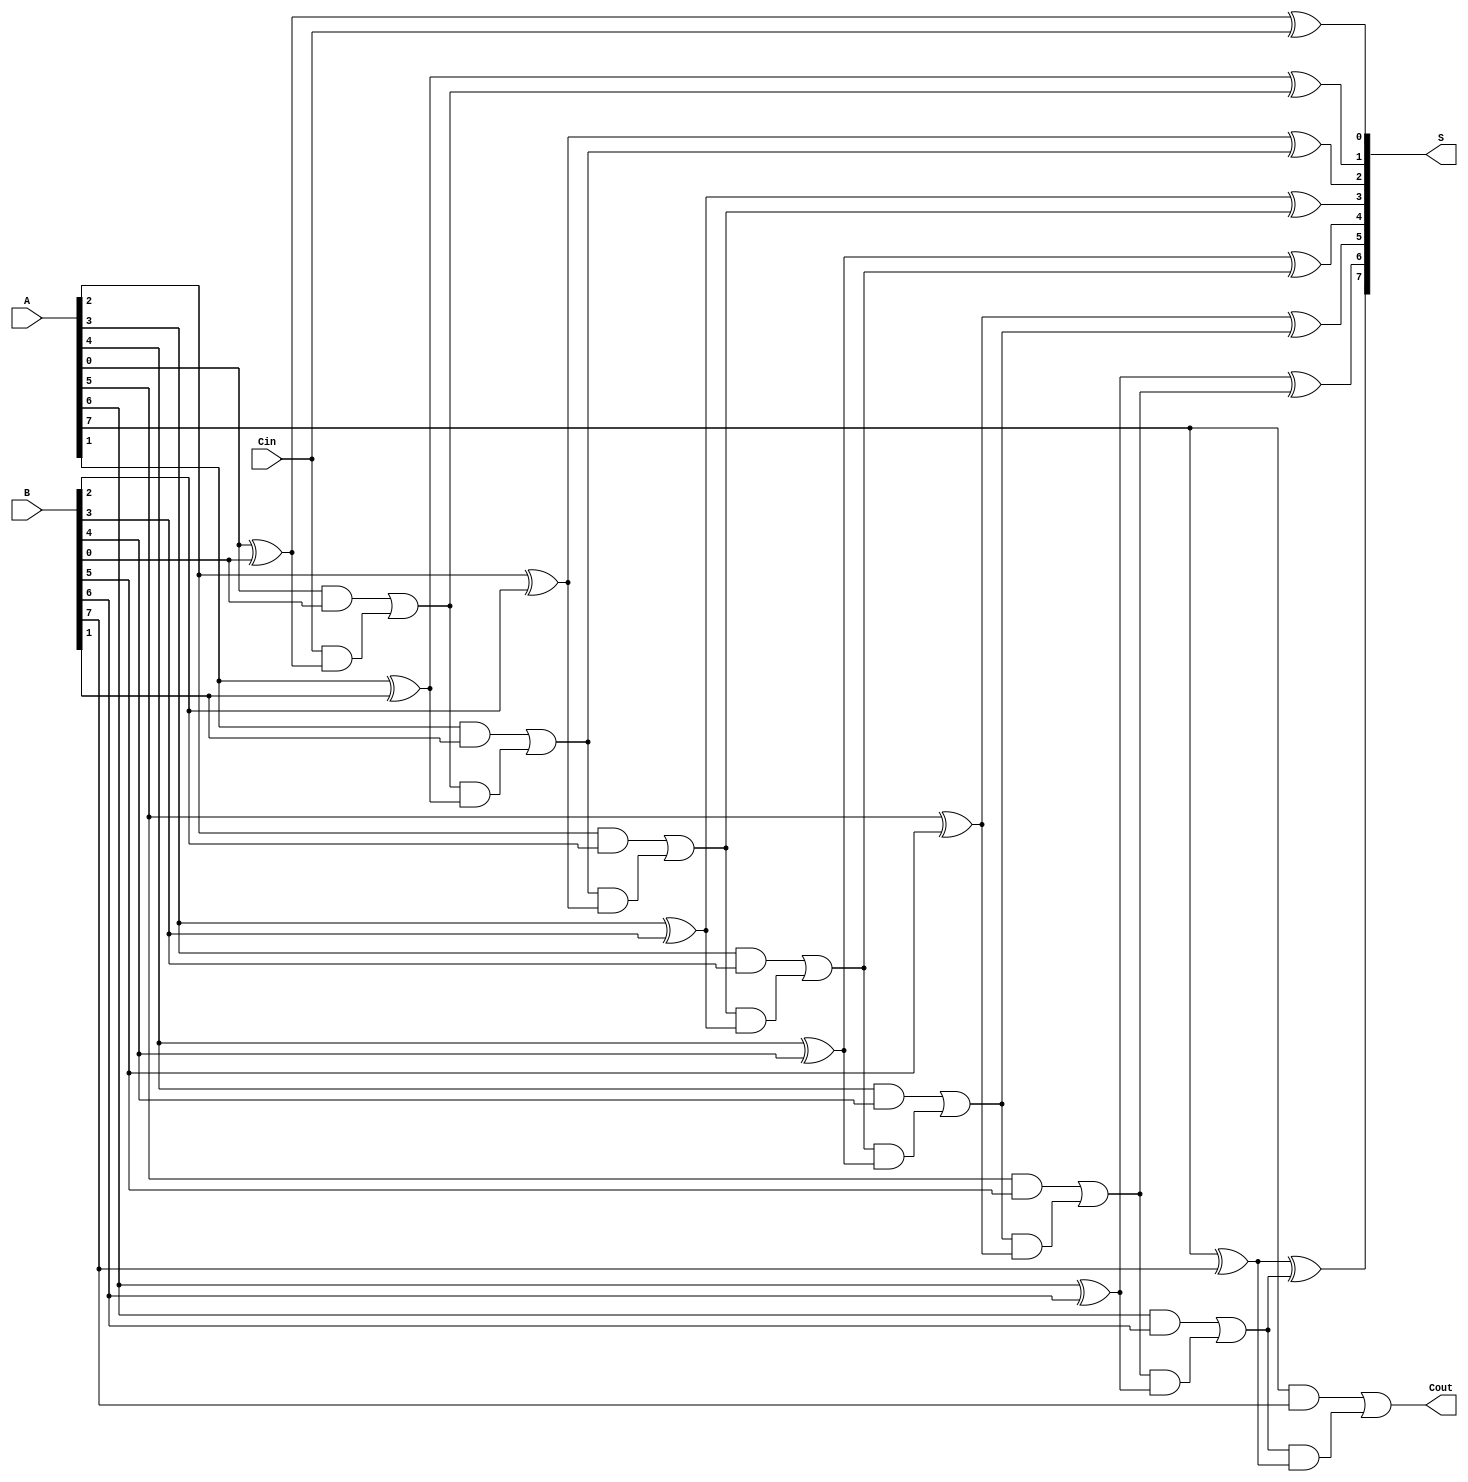
module ManchesterCarryChainAdder #(
    parameter N = 8 // Define the bit-width of the adder
)(
    input [N-1:0] A,       // First n-bit input
    input [N-1:0] B,       // Second n-bit input
    input Cin,             // Carry-in signal
    output [N-1:0] S,      // n-bit sum output
    output Cout            // Carry-out signal
);

    wire [N:0] C; // Carry outputs, C[0] is the initial carry-in
    assign C[0] = Cin; // Initial carry input

    // Generate sum and carry for each bit position
    genvar i;
    generate
        for (i = 0; i < N; i = i + 1) begin : adder_stage
            // Sum calculation
            assign S[i] = A[i] ^ B[i] ^ C[i];

            // Carry calculation
            assign C[i+1] = (A[i] & B[i]) | (C[i] & (A[i] ^ B[i]));
        end
    endgenerate

    // Final carry-out
    assign Cout = C[N];

endmodule